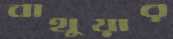
বাথুয়ার